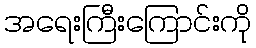
အရေးကြီးကြောင်းကို